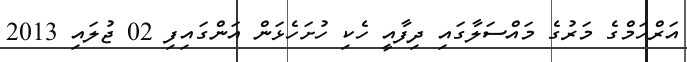
އަރްހަމްގެ މަރުގެ މައްސަލާގައި ދިފާއީ ހެކި ހުށަހެޅަން އަންގައިފި 02 ޖުލައި 2013